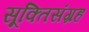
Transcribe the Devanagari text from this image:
सूक्तिसंग्रह